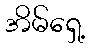
အိမ်ရှေ့